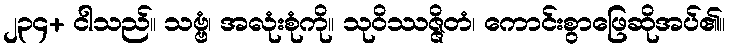
၂၃၄+ ငါသည်။ သဗ္ဗံ၊ အလုံးစုံကို။ သုဝိဿဇ္ဇိတံ၊ ကောင်းစွာဖြေဆိုအပ်၏။